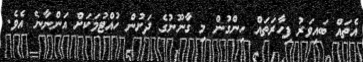
އެތައް ބައިވަރު ފިހާރަތައް ހިންގުން މި ގާނޫނުގެ ދަށުން ހުއްޓުމަކަށް އަންނާނެ އެވެ.